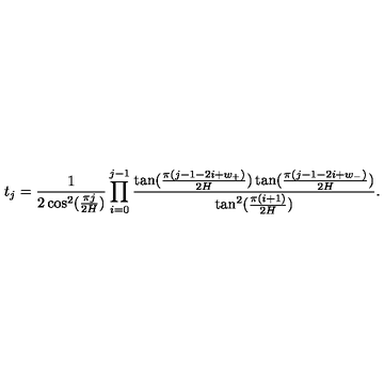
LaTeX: t _ { j } = \frac { 1 } { 2 \cos ^ { 2 } ( \frac { \pi j } { 2 H } ) } \prod _ { i = 0 } ^ { j - 1 } \frac { \tan ( \frac { \pi ( j - 1 - 2 i + w _ { + } ) } { 2 H } ) \tan ( \frac { \pi ( j - 1 - 2 i + w _ { - } ) } { 2 H } ) } { \tan ^ { 2 } ( \frac { \pi ( i + 1 ) } { 2 H } ) } .